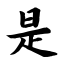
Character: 是